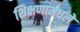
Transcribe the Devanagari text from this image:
शिक्षणामधले